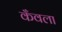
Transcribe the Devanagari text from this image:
कँवला